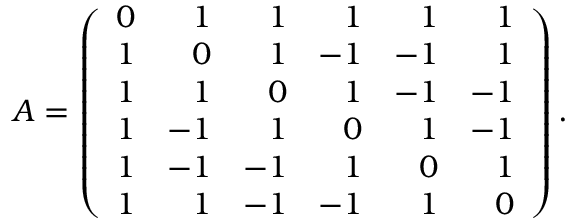
A = \left( { \begin{array} { c r r r r r } { 0 } & { 1 } & { 1 } & { 1 } & { 1 } & { 1 } \\ { 1 } & { 0 } & { 1 } & { - 1 } & { - 1 } & { 1 } \\ { 1 } & { 1 } & { 0 } & { 1 } & { - 1 } & { - 1 } \\ { 1 } & { - 1 } & { 1 } & { 0 } & { 1 } & { - 1 } \\ { 1 } & { - 1 } & { - 1 } & { 1 } & { 0 } & { 1 } \\ { 1 } & { 1 } & { - 1 } & { - 1 } & { 1 } & { 0 } \end{array} } \right) .